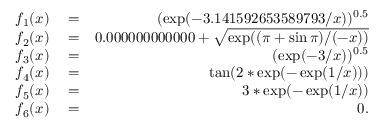
\begin{array} { r l r } { f _ { 1 } ( x ) } & { { } = } & { ( \exp ( - 3 . 1 4 1 5 9 2 6 5 3 5 8 9 7 9 3 / x ) ) ^ { 0 . 5 } } \\ { f _ { 2 } ( x ) } & { { } = } & { 0 . 0 0 0 0 0 0 0 0 0 0 0 0 + \sqrt { \exp ( ( \pi + \sin \pi ) / ( - x ) ) } } \\ { f _ { 3 } ( x ) } & { { } = } & { ( \exp ( - 3 / x ) ) ^ { 0 . 5 } } \\ { f _ { 4 } ( x ) } & { { } = } & { \tan ( 2 * \exp ( - \exp ( 1 / x ) ) ) } \\ { f _ { 5 } ( x ) } & { { } = } & { 3 * \exp ( - \exp ( 1 / x ) ) } \\ { f _ { 6 } ( x ) } & { { } = } & { 0 . } \end{array}